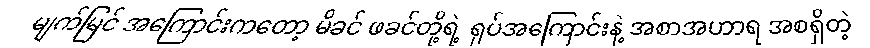
မျက်မြင် အကြောင်းကတော့ မိခင် ဖခင်တို့ရဲ့ ရုပ်အကြောင်းနဲ့ အစာအဟာရ အစရှိတဲ့